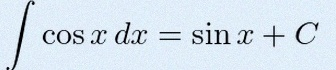
\int \cos x\,dx=\sin x+C